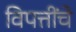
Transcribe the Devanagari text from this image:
विपत्तींचे